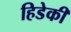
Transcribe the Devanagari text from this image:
हिडेकी